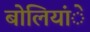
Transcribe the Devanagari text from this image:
बोलियांे